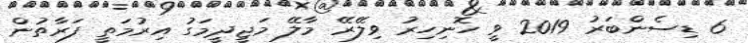
6 ޑިސެންބަރު 2019 ވީ ހޮނިހިރު ވިލޭރޭ މާލޭ މަޖީދީމަގު އިރުމަތީ ފަރާތުން